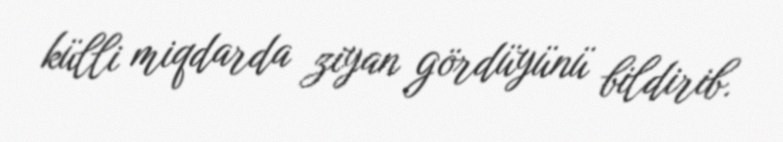
külli miqdarda ziyan gördüyünü bildirib.